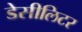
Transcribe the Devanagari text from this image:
डेसीलिटर